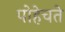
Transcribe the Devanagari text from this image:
पोहेचते